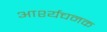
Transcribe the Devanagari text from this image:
आर्श्यचनक